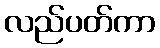
လည်ပတ်ကာ